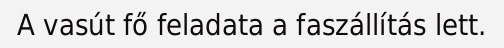
A vasút fő feladata a faszállítás lett.